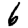
Digit: 6